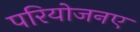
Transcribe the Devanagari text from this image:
परियोजनए